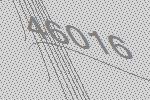
46016